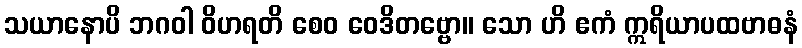
သယာနောပိ ဘဂဝါ ဝိဟရတိ စေဝ ဝေဒိတဗ္ဗော။ သော ဟိ ဧကံ ဣရိယာပထဗာဓနံ